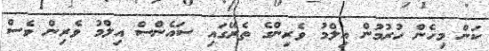
ކަން މިހެން ހުރުމުން އިލްމު ވެރިންގެ ތެރޭގައި ސައެންސް އިލްމު ވެރިން ވެސް